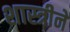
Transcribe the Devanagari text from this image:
शास्त्रीने